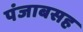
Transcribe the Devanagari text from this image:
पंजाबसह